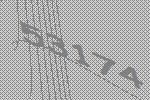
53174